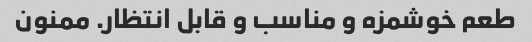
طعم خوشمزه و مناسب و قابل انتظار. ممنون